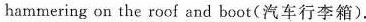
hammering on the roof and boot(汽车行李箱).